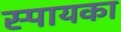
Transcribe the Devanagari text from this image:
स्पायका